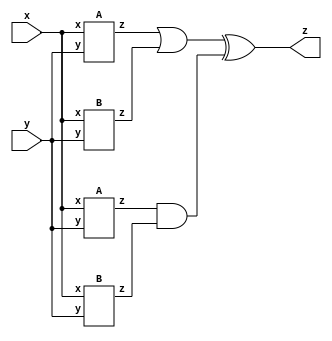
module top_module (input x, input y, output z);
wire z1,z2,z3,z4,z5,z6;
    A fun1(x,y,z1);
    B func2(x,y,z2);
    A func3(x,y,z3);
    B func4(x,y,z4);
    assign z5 = z1 | z2;
    assign z6 = z3 & z4;
    assign z = z5 ^ z6;
endmodule

module A (input x, input y, output z);
    assign z = (x^y) & x;
endmodule

module B ( input x, input y, output z );
assign z= x~^y;
endmodule